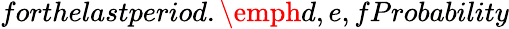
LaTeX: forthelastperiod.\emph{d,e,f}Probability